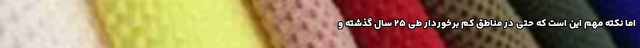
اما نکته مهم این است که حتی در مناطق کم برخوردار طی ۲۵ سال گذشته و